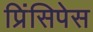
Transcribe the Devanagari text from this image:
प्रिंसिपेस